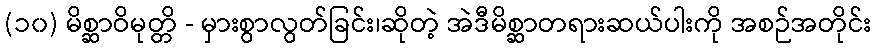
(၁၀) မိစ္ဆာဝိမုတ္တိ - မှားစွာလွတ်ခြင်း၊ဆိုတဲ့ အဲဒီမိစ္ဆာတရားဆယ်ပါးကို အစဉ်အတိုင်း